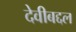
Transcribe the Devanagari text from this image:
देवीबद्दल